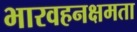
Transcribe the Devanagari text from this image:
भारवहनक्षमता